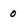
Character: 0